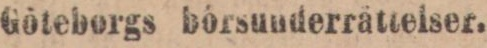
Göteborgs börsunderrättelser.